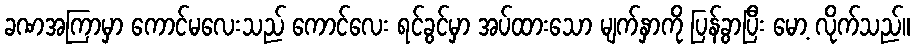
ခဏအကြာမှာ ကောင်မလေးသည် ကောင်လေး ရင်ခွင်မှာ အပ်ထားသော မျက်နှာကို ပြန်ခွာပြီး မော့ လိုက်သည်။